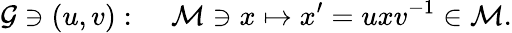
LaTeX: {\cal G}\ni(u,v):\; \; \; \; {\cal M}\ni x\mapsto x^{\prime}=uxv^{-1}\in{\cal M}.